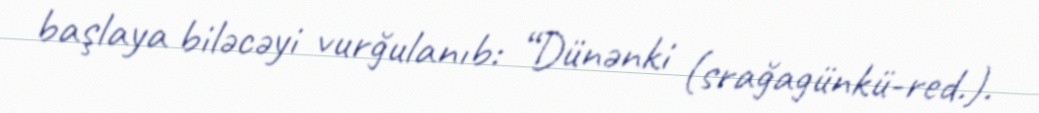
başlaya biləcəyi vurğulanıb: “Dünənki (srağagünkü-red.).